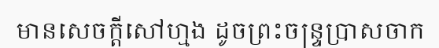
មានសេចក្តីសៅហ្មង ដូចព្រះចន្ទ្រប្រាសចាក